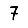
Digit: 7